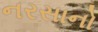
નરસાનો